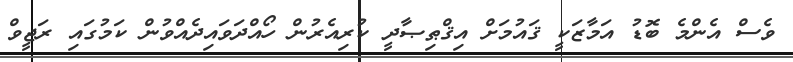
ވެސް އެންމެ ބޮޑު އަމާޒަކީ ޤައުމަށް އިޤްޠިޞާދީ ކުރިއެރުން ހޯއްދަވައިދެއްވުން ކަމުގައި ރަޖީވް